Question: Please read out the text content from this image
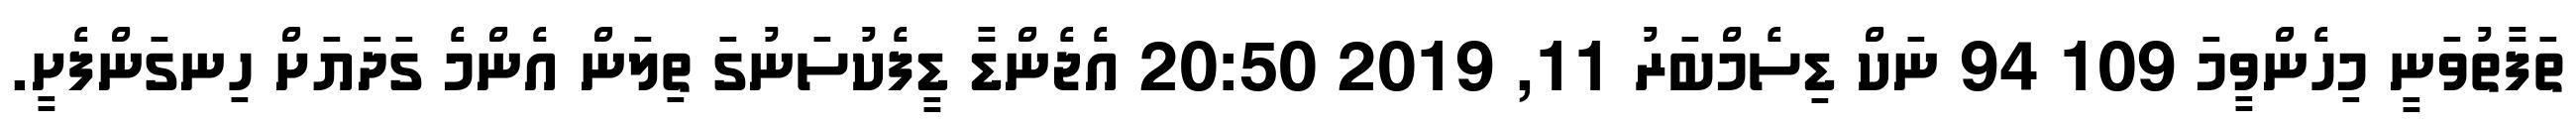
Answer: ތަފާތުވަނީ މިހެންވީމަ 109 94 ނަކް ޑިސެމްބަރު 11, 2019 20:50 އެޖެންޑާ ޑީފެކުސަނުގަ ތިލަން އެންމެ ގަދަޔަށް ހިނގަންފެށީ.